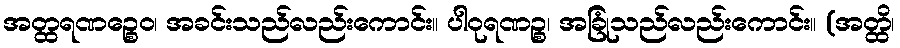
အတ္ထရဏဉ္စေဝ၊ အခင်းသည်လည်းကောင်း။ ပါဝုရဏဉ္စ၊ အခြုံသည်လည်းကောင်း။ (အတ္ထိ၊